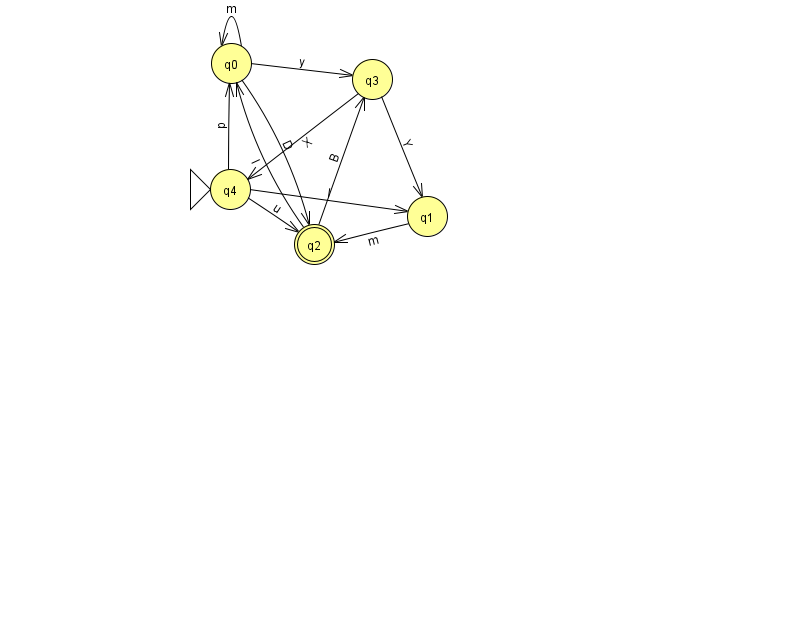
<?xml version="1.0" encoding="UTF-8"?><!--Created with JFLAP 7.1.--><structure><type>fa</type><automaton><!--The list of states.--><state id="0" name="q0"><x>231.0</x><y>50.0</y></state><state id="1" name="q1"><x>427.0</x><y>203.0</y></state><state id="2" name="q2"><x>314.0</x><y>231.0</y><final/></state><state id="3" name="q3"><x>372.0</x><y>66.0</y></state><state id="4" name="q4"><x>230.0</x><y>176.0</y><initial/></state><!--The list of transitions.--><transition><from>4</from><to>0</to><read>p</read></transition><transition><from>2</from><to>0</to><read>l</read></transition><transition><from>1</from><to>2</to><read>m</read></transition><transition><from>3</from><to>4</to><read>X</read></transition><transition><from>0</from><to>3</to><read>y</read></transition><transition><from>3</from><to>1</to><read>Y</read></transition><transition><from>4</from><to>1</to><read>I</read></transition><transition><from>2</from><to>3</to><read>B</read></transition><transition><from>4</from><to>2</to><read>u</read></transition><transition><from>0</from><to>0</to><read>m</read></transition><transition><from>0</from><to>2</to><read>D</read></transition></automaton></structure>